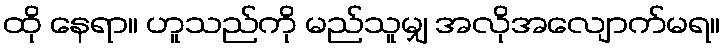
ထို နေရာ။ ဟူသည်ကို မည်သူမျှ အလိုအလျောက်မရ။